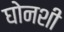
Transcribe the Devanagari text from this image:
घोनशी